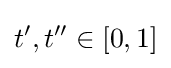
t^{\prime },t^{\prime \prime }\in \lbrack 0,1]